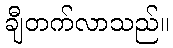
ချီတက်လာသည်။